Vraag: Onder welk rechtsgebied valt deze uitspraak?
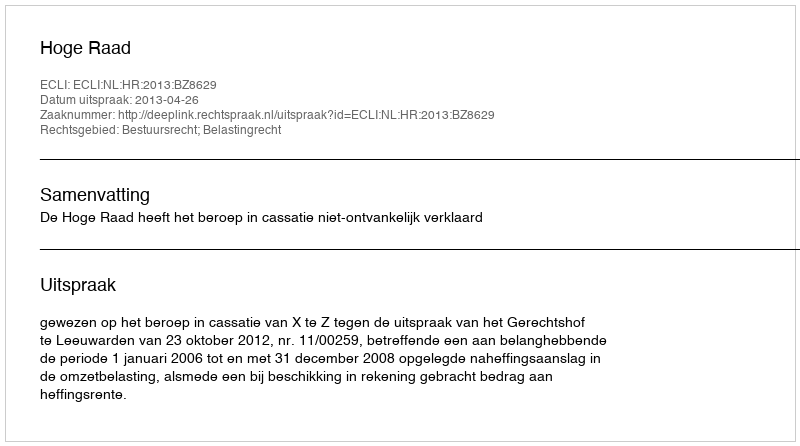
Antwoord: Bestuursrecht; Belastingrecht